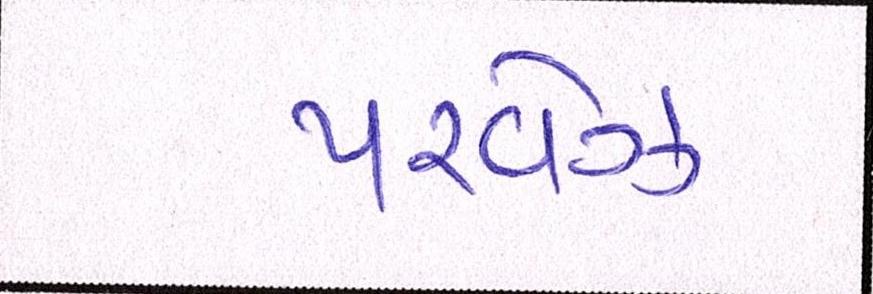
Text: પરવેઝ